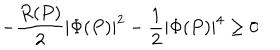
- \frac { R ( P ) } { 2 } | \Phi ( P ) | ^ { 2 } - \frac { 1 } { 2 } | \Phi ( P ) | ^ { 4 } \ge 0